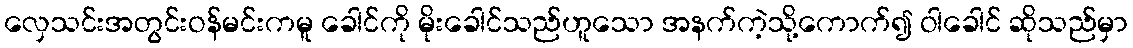
လှေသင်းအတွင်းဝန်မင်းကမူ ခေါင်ကို မိုးခေါင်သည်ဟူသော အနက်ကဲ့သို့ကောက်၍ ဝါခေါင် ဆိုသည်မှာ